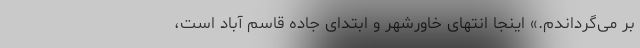
بر می‌گرداندم.» اینجا انتهای خاورشهر و ابتدای جاده قاسم آباد است،